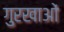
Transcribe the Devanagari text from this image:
गुरखाओं